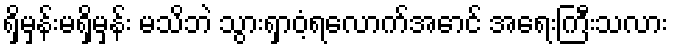
ရှိမှန်းမရှိမှန်း မသိဘဲ သွားရှာဝံ့ရလောက်အောင် အရေးကြီးသလား